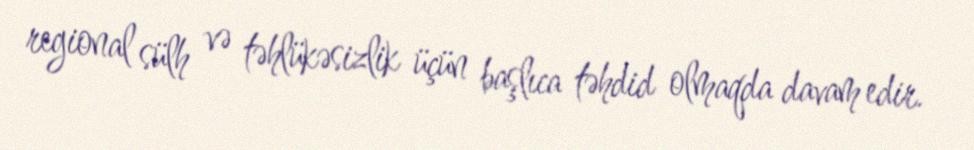
regional sülh və təhlükəsizlik üçün başlıca təhdid olmaqda davam edir.